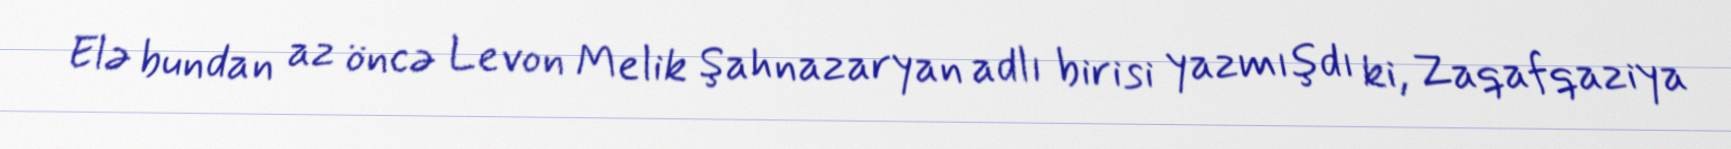
Elə bundan az öncə Levon Melik Şahnazaryan adlı birisi yazmışdı ki, Zaqafqaziya